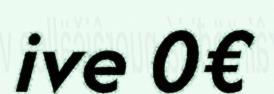
ive 0€